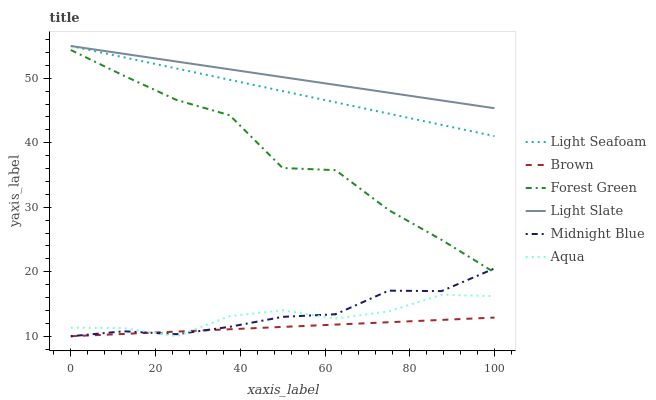
| xaxis_label | Light Seafoam | Brown | Forest Green | Light Slate | Midnight Blue | Aqua |
 | --- | --- | --- | --- | --- | --- | --- |
 | 0 | 55 | 10 | 54.4 | 55 | 10 | 11.3 |
 | 12.5 | 53.3 | 10.4 | 50.4 | 53.8 | 10.8 | 11.3 |
 | 25 | 51.5 | 10.7 | 46.6 | 52.6 | 10.3 | 10 |
 | 37.5 | 49.8 | 11.1 | 44.3 | 51.4 | 11.5 | 13.1 |
 | 50 | 48 | 11.4 | 36.1 | 50.2 | 13 | 14 |
 | 62.5 | 46.3 | 11.8 | 35.8 | 49 | 13.4 | 12.8 |
 | 75 | 44.5 | 12.2 | 29.6 | 47.8 | 17.1 | 13.9 |
 | 87.5 | 42.8 | 12.5 | 24.9 | 46.6 | 17 | 16.4 |
 | 100 | 41 | 12.9 | 19.9 | 45.4 | 20.5 | 16.2 |